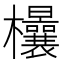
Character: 𣡤